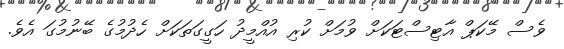
ވެސް މޭކަޕް އާޓިސްޓަކަށް ވުމަށް ކުރި އުއްމީދު ހަގީގަތަކަށް ހެދުމުގެ ބޭނުމުގަ އެވެ.